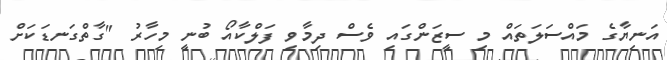
އަނިޔާގެ މައްސަލަތައް މި ސީޒަންގައި ވެސް ދިމާވި ފަލްކާއޯ ބުނީ މިހާރު "ގާތްގަނޑަކަށް